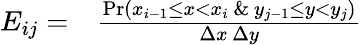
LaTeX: \begin{array}{rl}{E_{ij}=}&{{}\frac{\mathrm{Pr}(x_{i-1}\leq x<x_{i}\ \& \ y_{j-1}\leq y<y_{j})}{\Delta x\, \Delta y}}\end{array}